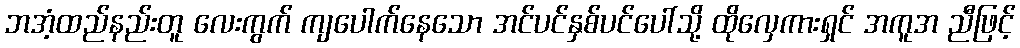
ဘအံ့ထည်နည်းတူ လေးကွက် ကျပေါက်နေသော အင်ပင်နှစ်ပင်ပေါ်သို့ ထိုလှေကားရှင် အကူအ ညီဖြင့်